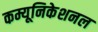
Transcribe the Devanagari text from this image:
कम्यूनिकेशनल